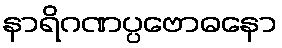
နာရိဂဏပ္ပဗောဓနော